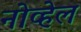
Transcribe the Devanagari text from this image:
नोव्हेल